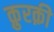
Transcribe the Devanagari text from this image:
क़ुरक़ी